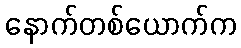
နောက်တစ်ယောက်က